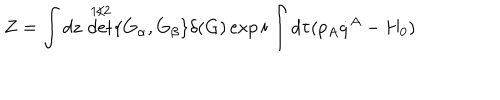
LaTeX: Z = \int d z \, \det ^ { 1 / 2 } \{ G _ { \alpha } , G _ { \beta } \} \delta ( G ) \exp i \int d \tau ( p _ { A } \dot { q } ^ { A } - H _ { 0 } )